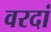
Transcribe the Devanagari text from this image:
वरदां